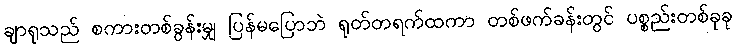
ချာရုသည် စကားတစ်ခွန်းမျှ ပြန်မပြောဘဲ ရုတ်တရက်ထကာ တစ်ဖက်ခန်းတွင် ပစ္စည်းတစ်ခုခု